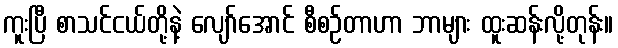
ကူးပြီ စာသင်ငယ်တို့နဲ့ လျော်အောင် စီစဉ်တာဟာ ဘာများ ထူးဆန်းလို့တုန်း။